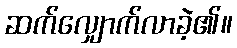
ဆက်လျှောက်လာခဲ့၏။